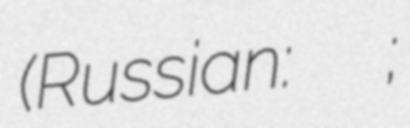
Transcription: (Russian: Ярослав Владимирович Аскаров;